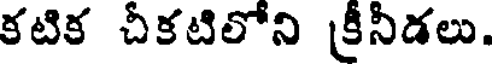
కటిక చీకటిలోని క్రీనీడలు.